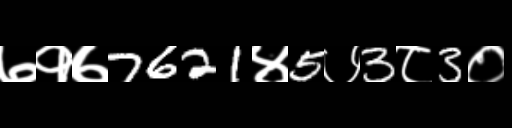
Text: ७१७7621४5७3८3०